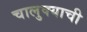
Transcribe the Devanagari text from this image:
चालुक्याची